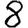
Digit: 8